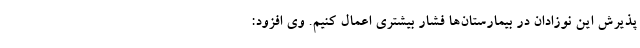
پذیرش این نوزادان در بیمارستان‌ها فشار بیشتری اعمال کنیم. وی افزود: